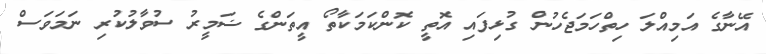
އޭނާގެ އަމިއްލަ ހިތްހަމަޖެހުން ގުޅިފައި އޮތީ ކޮންކަމަކާތޯ އީތަންގެ ޟަމީރު ސުވާލުކުރި ނަމަވަސް